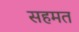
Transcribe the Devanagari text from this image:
सहमत